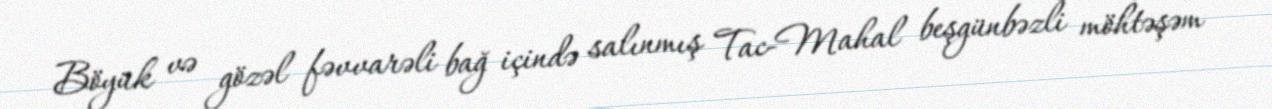
Böyük və gözəl fəvvarəli bağ içində salınmış Tac-Mahal beşgünbəzli möhtəşəm